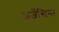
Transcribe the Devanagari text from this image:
अर्जेन्तिना